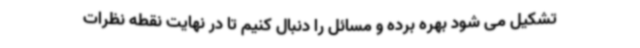
تشکیل می شود بهره برده و مسائل را دنبال کنیم تا در نهایت نقطه نظرات